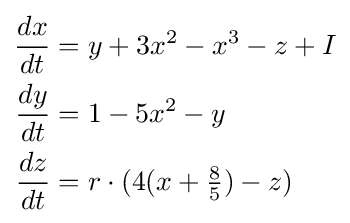
{\begin{aligned}{\frac {dx}{dt}}&=y+3x^{2}-x^{3}-z+I\\{\frac {dy}{dt}}&=1-5x^{2}-y\\{\frac {dz}{dt}}&=r\cdot (4(x+{\tfrac {8}{5}})-z)\end{aligned}}